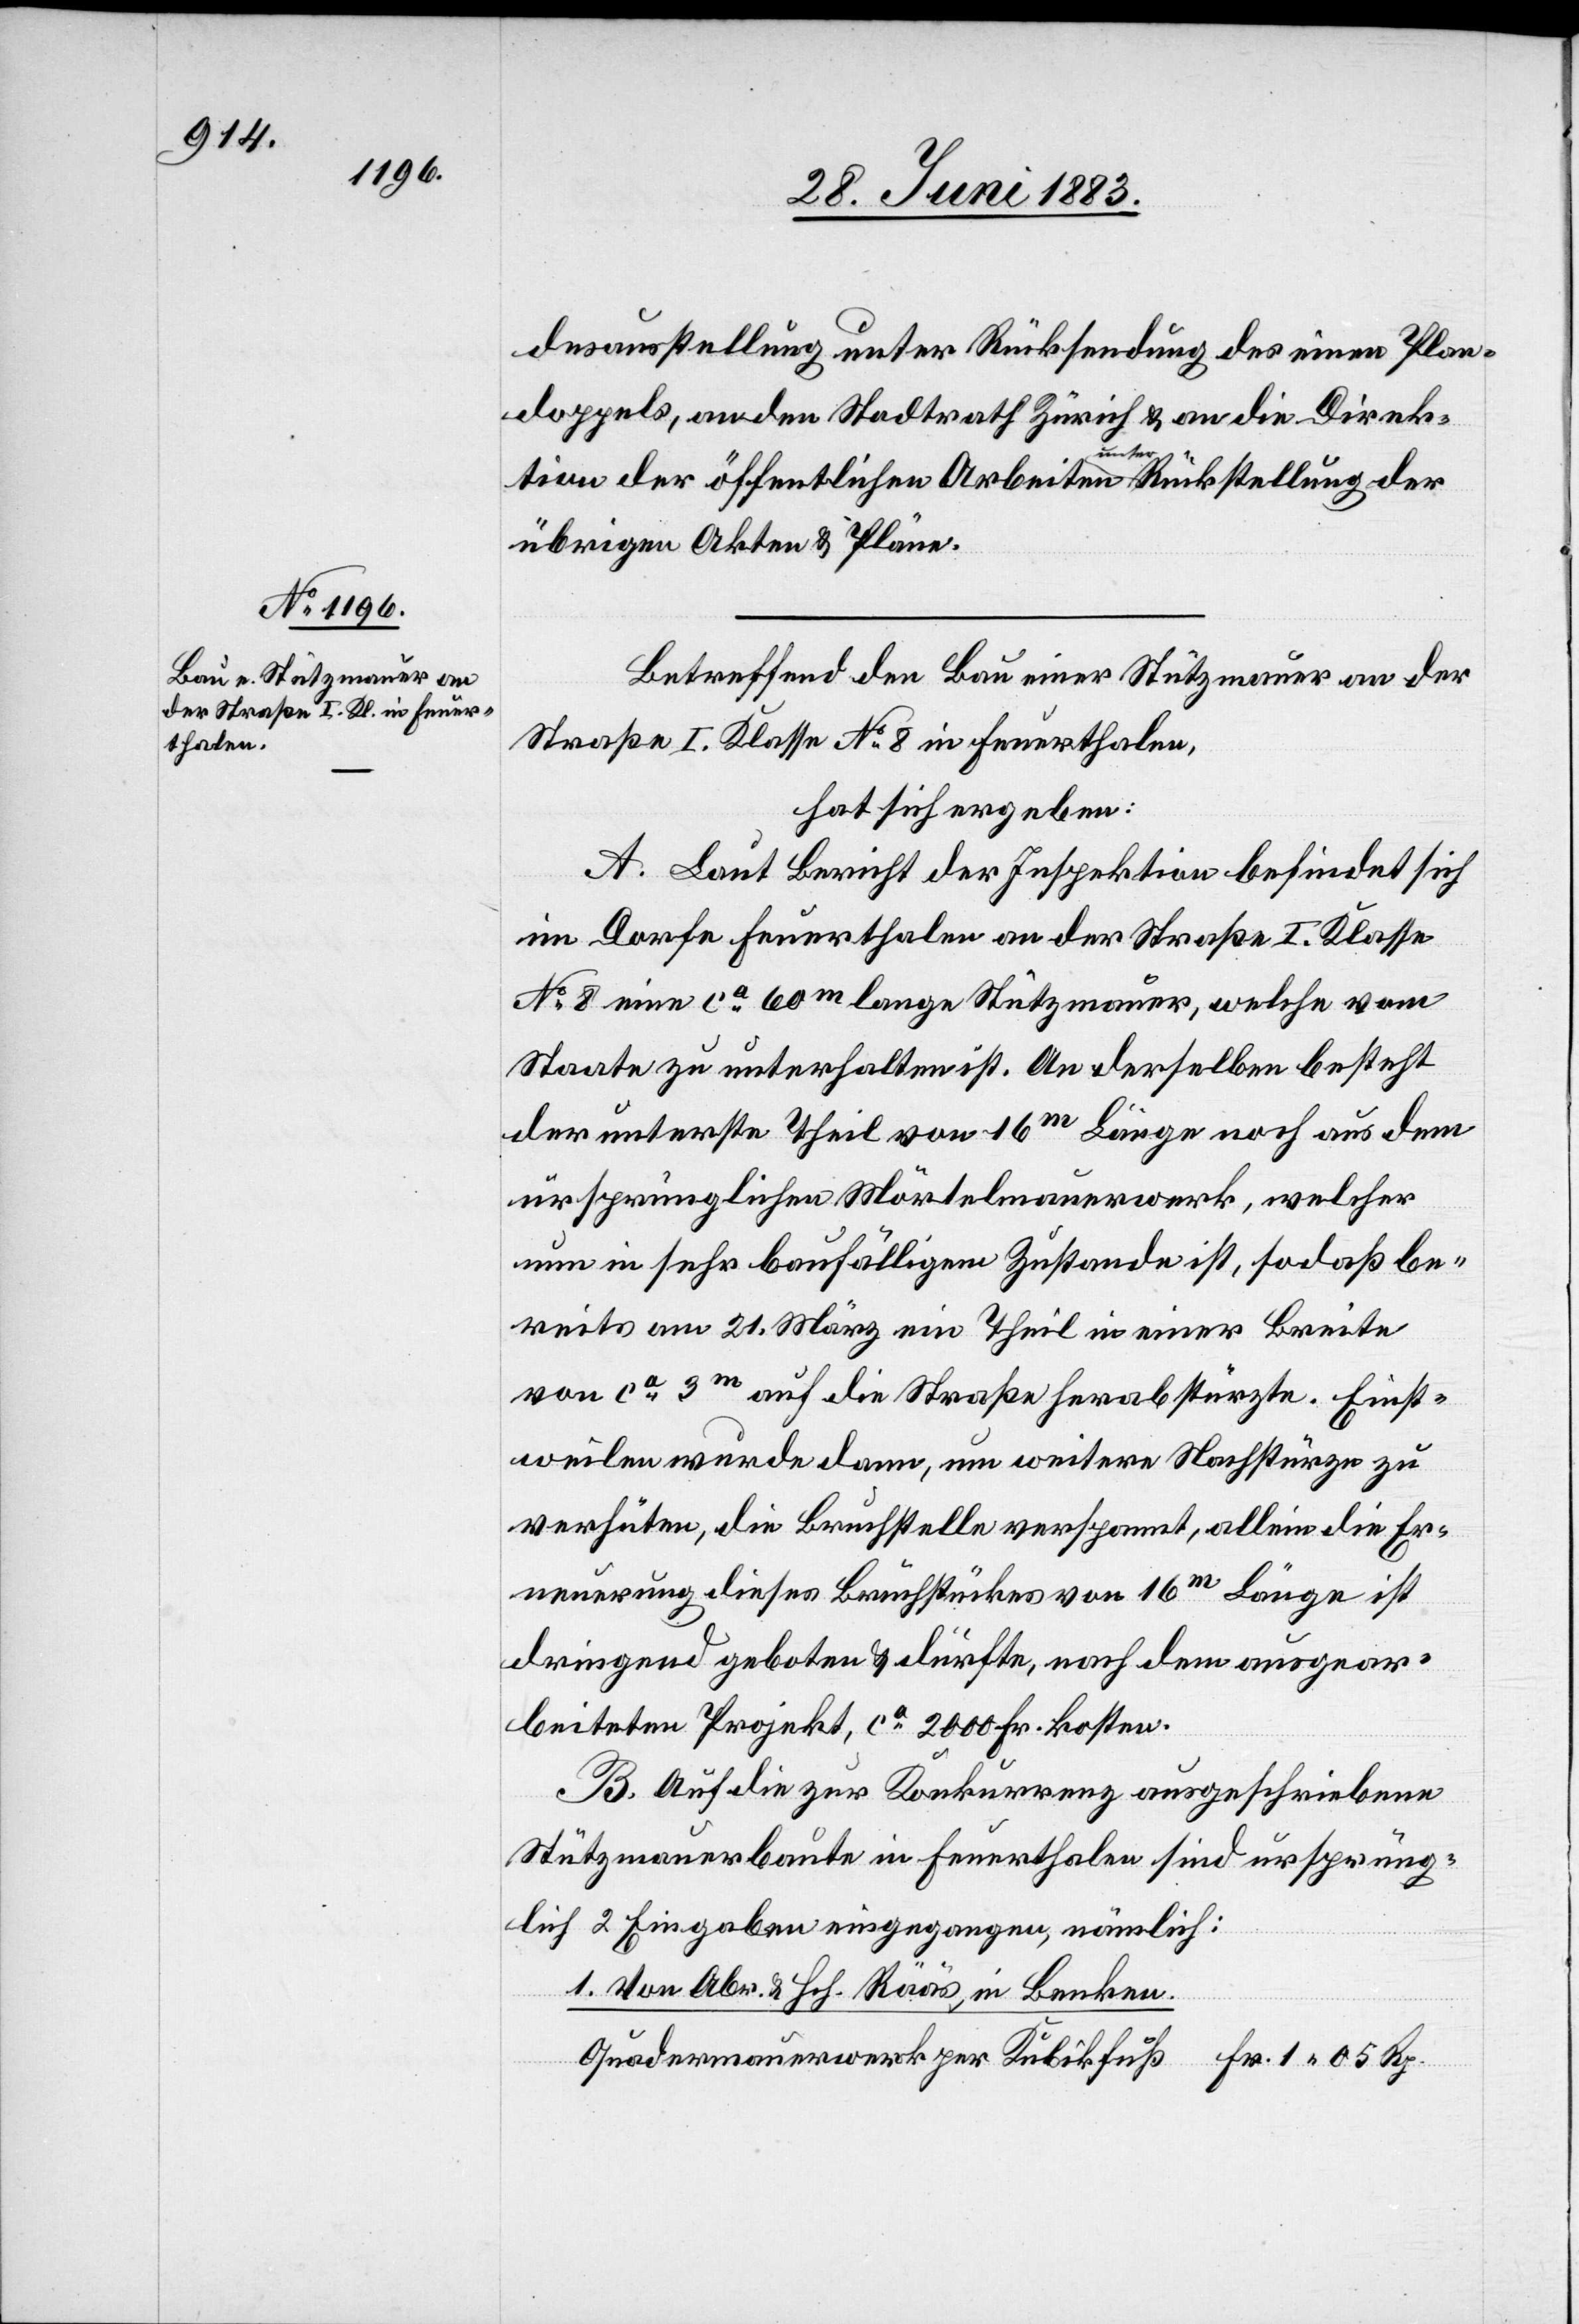
desausstellung unter Rücksendung des einen Plan¬
doppels, an den Stadtrath Zürich & an die Direk¬
Rp.
tion der öffentlichen Arbeiten unter Rückstellung der
übrigen Akten & Pläne.
Betreffend den Bau einer Stützmauer an der
Straße I. Klasse No 8 in Feuerthalen,
hat sich ergeben:
A. Laut Bericht der Inspektion befindet sich
im Dorfe Feuerthalen an der Straße I. Klasse
No 8 eine ca 60m lange Stützmauer, welche vom
Staate zu unterhalten ist. An derselben besteht
der unterste Theil von 16m Länge noch aus dem
ursprünglichen Mörtelmauerwerk, welcher
nun in sehr baufälligem Zustande ist, sodaß be¬
reits am 21. März ein Theil in einer Breite
von ca 3m auf die Straße herabstürzte. Einst¬
weilen wurde dann, um weitere Nachstürze zu
verhüten, die Bruchstelle verspannt, allein die Er¬
neuerung dieses Bruchstückes von 16m Länge ist
dringend geboten & dürfte, nach dem ausgear¬
beiteten Projekt, ca 2000 Fr. kosten.
B. Auf die zur Konkurrenz ausgeschriebene
Stützmauerbaute in Feuerthalen sind ursprüng¬
lich 2 Eingaben eingegangen, nämlich:
1. Von Abr. & Hch. Rääs, in Benken.
Quadermauerwerk per Kubikfuß